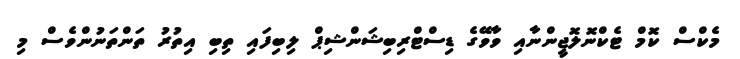
މެކްސް ކޮމް ޓެކްނޮލޮޖީންނާއި ވާވޭގެ ޑިސްޓްރިބިޝަންޝިޕް ލިބިފައި ތިބި އިތުރު ތަންތަނުންވެސް މި